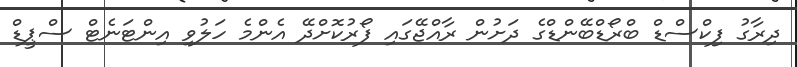
ދިރާގު ފިކްސްޑް ބްރޯޑްބޭންޑްގެ ދަށުން ރާއްޖޭގައި ފޯރުކޮށްދޭ އެންމެ ހަލުވި އިންޓަނެޓް ސްޕީޑް